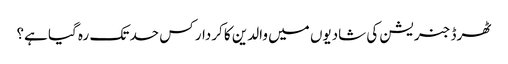
ٹھرڈ جنریشن کی شادیوں میں والدین کا کردار کس حد تک رہ گیا ہے؟